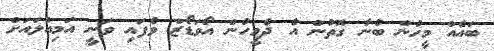
ބައެއް މީހުން ބުނާ ގޮތުން އެ ދެމީހުން އޯވަޑޯޒް ވެފައި ވަނީ އަމިއްލައަށް